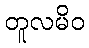
တူလမိဝ